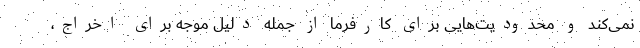
نمی‌کند و محدودیت‌هایی برای کارفرما از جمله دلیل موجه برای اخراج،